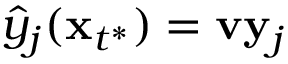
\hat { y } _ { j } ( \mathbf x _ { t ^ { * } } ) = \mathbf { v } \mathbf y _ { j }